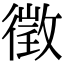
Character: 徵